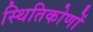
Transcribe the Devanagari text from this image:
स्थितिकोणों